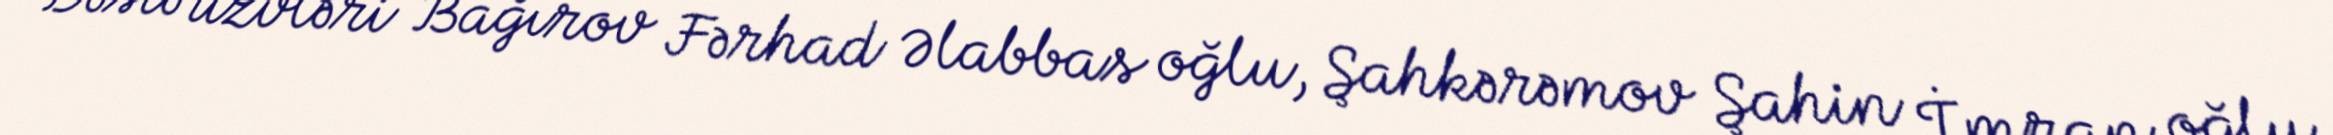
Dəstə üzvləri Bağırov Fərhad Əlabbas oğlu, Şahkərəmov Şahin İmran oğlu,